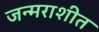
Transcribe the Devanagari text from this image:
जन्मराशीत